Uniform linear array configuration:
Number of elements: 16
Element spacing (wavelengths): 0.25
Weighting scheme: cosine
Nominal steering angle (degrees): -30
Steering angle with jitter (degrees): -31.675
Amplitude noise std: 0.05
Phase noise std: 0.05

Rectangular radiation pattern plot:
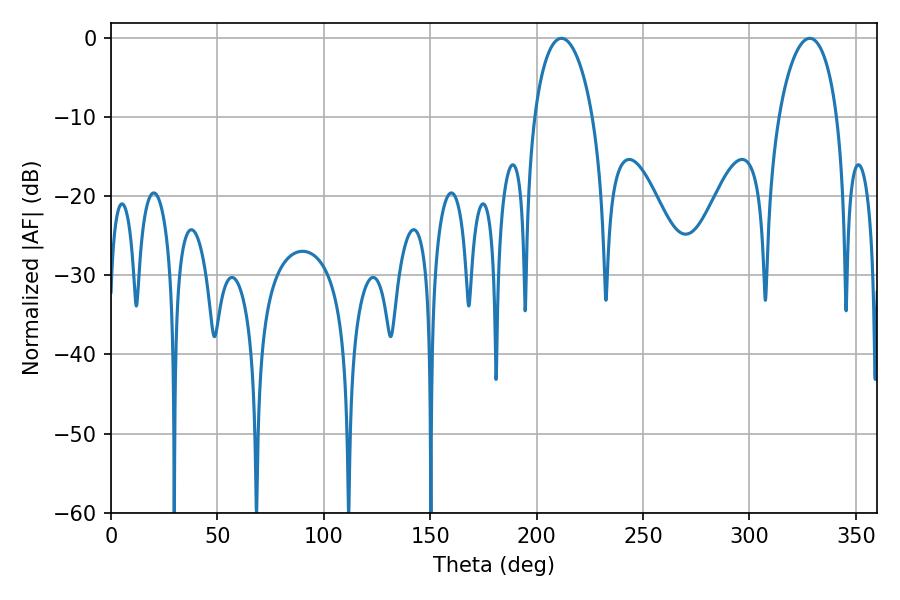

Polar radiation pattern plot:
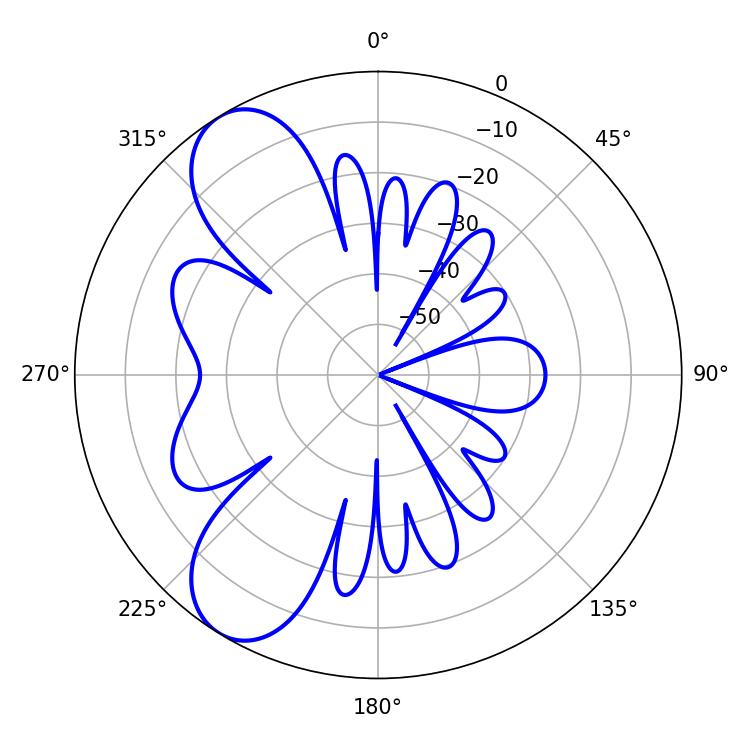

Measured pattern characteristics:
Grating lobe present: FALSE
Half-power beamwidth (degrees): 15.66
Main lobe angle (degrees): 211.68